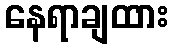
နေရာချထား